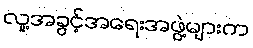
လူ့အခွင့်အရေးအဖွဲ့များက